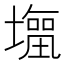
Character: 𭏹